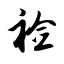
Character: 裣